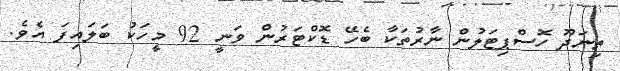
ތިނަދޫ ހޮސްޕިޓަލުން ނާރުތަކާ ބެހޭ ޑޮކްޓަރުން ވަނީ 92 މީހަކު ބަލައިފަ އެވެ.